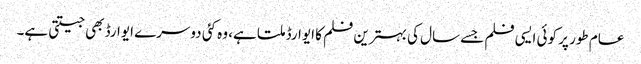
عام طور پر کوئی ایسی فلم جسے سال کی بہترین فلم کا ایوارڈ ملتا ہے، وہ کئی دوسرے ایوارڈ بھی جیتتی ہے۔